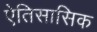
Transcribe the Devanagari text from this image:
ऐतिसासिक